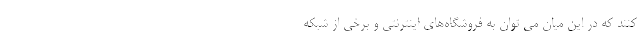
کنند که در این میان می توان به فروشگاه‌های اینترنتی و برخی از شبکه